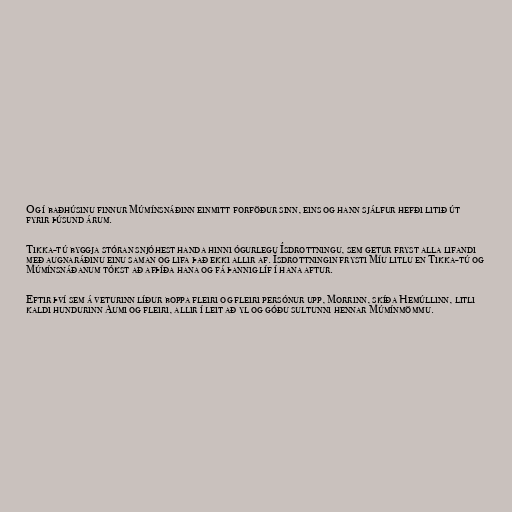
Og í baðhúsinu finnur Múmínsnáðinn einmitt forföður sinn, eins og hann sjálfur hefði litið út
fyrir þúsund árum.

Tikka-tú byggja stóran snjóhest handa hinni ógurlegu Ísdrottningu, sem getur fryst alla lifandi
með augnaráðinu einu saman og lifa það ekki allir af. Ísdrottningin frysti Míu litlu en Tikka-tú og
Múmínsnáðanum tókst að afþíða hana og fá þannig líf í hana aftur.

Eftir því sem á veturinn líður boppa fleiri og fleiri persónur upp, Morrinn, skíða Hemúllinn, litli
kaldi hundurinn Aumi og fleiri, allir í leit að yl og góðu sultunni hennar Múmínmömmu.